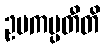
ဥပကပ္ပတီတိ